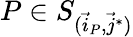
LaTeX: P\in S_{(\vec{i}_{P},\vec{j}^{*})}